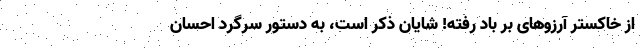
از خاکستر آرزوهای بر باد رفته! شایان ذکر است، به دستور سرگرد احسان